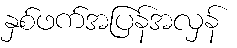
နှစ်ဖက်အပြန်အလှန်